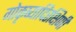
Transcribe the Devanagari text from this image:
गोकृष्यादिरक्षिणी